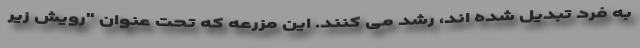
به فرد تبدیل شده اند، رشد می کنند. این مزرعه که تحت عنوان "رویش زیر